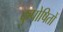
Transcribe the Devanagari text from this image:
कुपोषितों